Indian journal of veterinary science and animal husbandry - Volumes 24-25, 1954-1955
Year: 1954
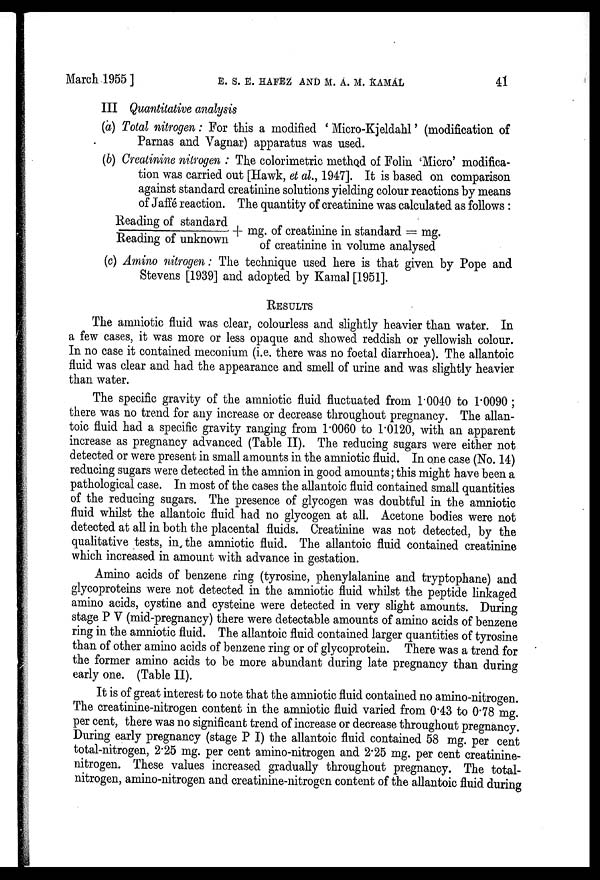
March 1955] E. S. E. HAFEZ AND M. A. M. KAMAL 41
III Quantitative analysis
(a) Total nitrogen: For this a modified ' Micro-Kjeldahl' (modification of
Parnas and Vagnar) apparatus was used.
(b) Creatinine nitrogen : The colorimetric method of Folin 'Micro' modifica-
tion was carried out [Hawk, et al., 1947]. It is based on comparison
against standard creatinine solutions yielding colour reactions by means
of Jaffe reaction. The quantity of creatinine was calculated as follows :
Reading of st andar d/ Readi ng of unknown+ mg. of creatinine in standard = mg.
of creatinine in volume analysed
(c) Amino nitrogen : The technique used here is that given by Pope and
Stevens [1939] and adopted by Kamal [1951].
RESULTS
The amniotic fluid was clear, colourless and slightly heavier than water. In
a few cases, it was more or less opaque and showed reddish or yellowish colour.
In no case it contained meconium (i.e. there was no foetal diarrhoea). The allantoic
fluid was clear and had the appearance and smell of urine and was slightly heavier
than water.
The specific gravity of the amniotic fluid fluctuated from 1.0040 to 1.0090 ;
there was no trend for any increase or decrease throughout pregnancy. The allan-
toic fluid had a specific gravity ranging from 1.0060 to 1.0120, with an apparent
increase as pregnancy advanced (Table II). The reducing sugars were either not
detected or were present in small amounts in the amniotic fluid. In one case (No. 14)
reducing sugars were detected in the amnion in good amounts; this might have been a
pathological case. In most of the cases the allantoic fluid contained small quantities
of the reducing sugars. The presence of glycogen was doubtful in the amniotic
fluid whilst the allantoic fluid had no glycogen at all. Acetone bodies were not
detected at all in both the placental fluids. Creatinine was not detected, by the
qualitative tests, in the amniotic fluid. The allantoic fluid contained creatinine
which increased in amount with advance in gestation.
Amino acids of benzene ring (tyrosine, phenylalanine and tryptophane) and
glycoproteins were not detected in the amniotic fluid whilst the peptide linkaged
amino acids, cystine and cysteine were detected in very slight amounts. During
stage P V (mid-pregnancy) there were detectable amounts of amino acids of benzene
ring in the amniotic fluid. The allantoic fluid contained larger quantities of tyrosine
than of other amino acids of benzene ring or of glycoprotein. There was a trend for
the former amino acids to be more abundant during late pregnancy than during
early one. (Table II).
It is of great interest to note that the amniotic fluid contained no amino-nitrogen.
The creatinine-nitrogen content in the amniotic fluid varied from 0.43 to 0.78 mg.
per cent, there was no significant trend of increase or decrease throughout pregnancy.
During early pregnancy (stage P I) the allantoic fluid contained 58 mg. per cent
total-nitrogen, 2.25 mg. per cent amino-nitrogen and 2.25 mg. per cent creatinine-
nitrogen. These values increased gradually throughout pregnancy. The total-
nitrogen, amino-nitrogen and creatinine-nitrogen content of the allantoic fluid during